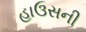
હાઉસની